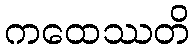
ကထေဿတိ